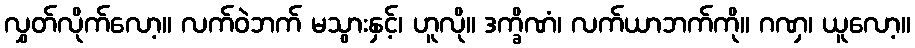
လွှတ်လိုက်လော့။ လက်ဝဲဘက် မသွားနှင့်၊ ဟူလို။ ဒက္ခိဏံ၊ လက်ယာဘက်ကို။ ဂဏှ၊ ယူလော့။